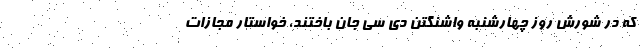
که در شورش روز چهارشنبه واشنگتن دی سی جان باختند، خواستار مجازات